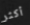
أكثر